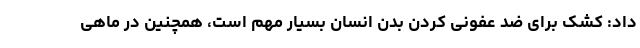
داد: کشک برای ضد عفونی کردن بدن انسان بسیار مهم است، همچنین در ماهی